Indian journal of veterinary science and animal husbandry - Volume 10,
Year: 1940
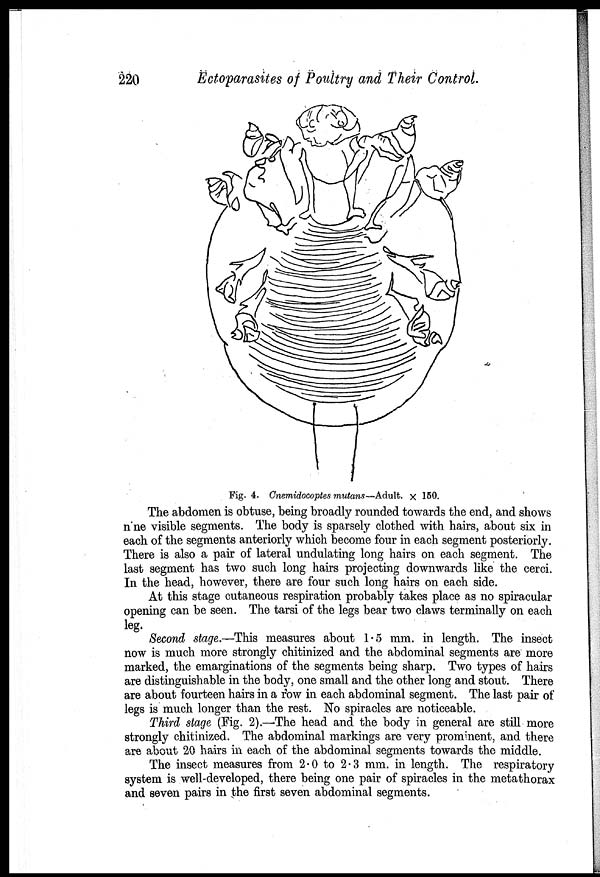
220
Ectoparasites of Poultry and Their Control.
Fig. 4. Cnemidocoptes mutans—Adult. × 150.
The abdomen is obtuse, being broadly rounded towards the end, and shows
n ne visible segments. The body is sparsely clothed with hairs, about six in
each of the segments anteriorly which become four in each segment posteriorly.
There is also a pair of lateral undulating long hairs on each segment. The
last segment has two such long hairs projecting downwards like the cerci.
In the head, however, there are four such long hairs on each side.
At this stage cutaneous respiration probably takes place as no spiracular
opening can be seen. The tarsi of the legs bear two claws terminally on each
leg.
Second stage.—This measures about 1.5 mm. in length. The insect
now is much more strongly chitinized and the abdominal segments are more
marked, the emarginations of the segments being sharp. Two types of hairs
are distinguishable in the body, one small and the other long and stout. There
are about fourteen hairs in a row in each abdominal segment. The last pair of
legs is much longer than the rest. No spiracles are noticeable.
Third stage (Fig. 2).—The head and the body in general are still more
strongly chitinized. The abdominal markings are very prominent, and there
are about 20 hairs in each of the abdominal segments towards the middle.
The insect measures from 2.0 to 2.3 mm. in length. The respiratory
system is well-developed, there being one pair of spiracles in the metathorax
and seven pairs in the first seven abdominal segments.